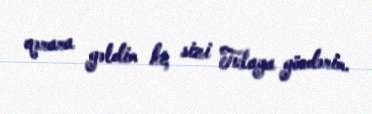
qərara gəldim ki, sizi Tulaya göndərim.